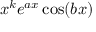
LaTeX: x ^ { k } e ^ { a x } \cos ( b x )